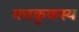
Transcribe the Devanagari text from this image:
मचकुकस्य